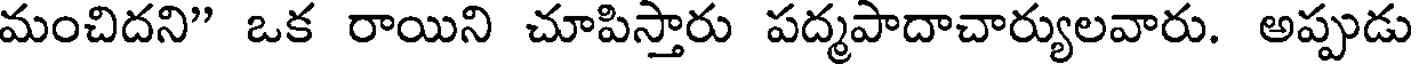
మంచిదని" ఒక రాయిని చూపిస్తారు పద్మపాదాచార్యులవారు. అప్పుడు